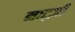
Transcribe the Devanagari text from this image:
नाट्ज़ी